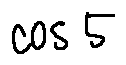
\cos 5